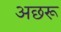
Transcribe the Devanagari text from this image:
अछरू